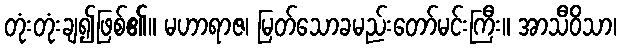
တုံးတုံးချ၍ဖြစ်၏။ မဟာရာဇ၊ မြတ်သောခမည်းတော်မင်းကြီး။ အာသီဝိသာ၊